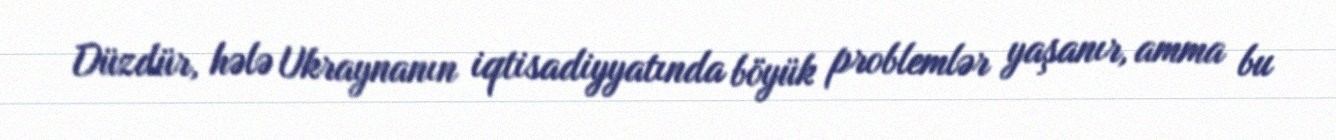
Düzdür, hələ Ukraynanın iqtisadiyyatında böyük problemlər yaşanır, amma bu